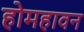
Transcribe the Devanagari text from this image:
होमहावन